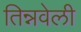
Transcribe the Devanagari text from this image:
तिन्नवेली